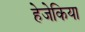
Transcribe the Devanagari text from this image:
हेजेकिया